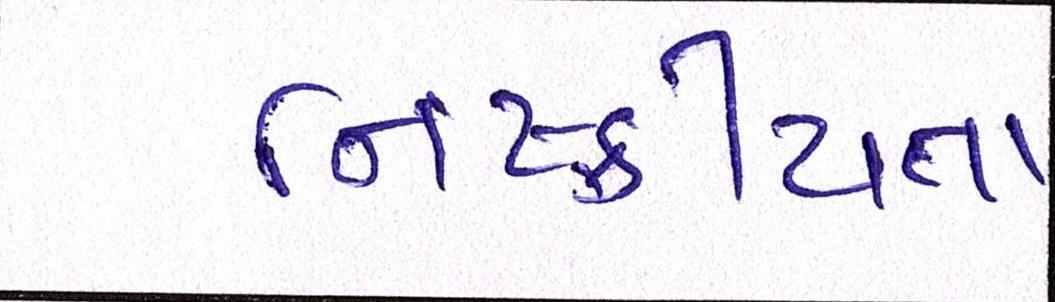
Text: નિષ્ક્રીયતા